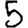
Digit: 5